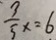
\frac { 3 } { 5 } x = 6